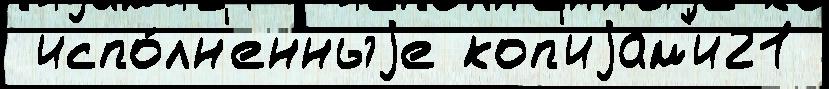
 испо́лн'енныjе коп'иjам'и21